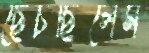
ছেঁচছিলেম